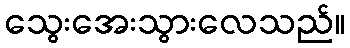
သွေးအေးသွားလေသည်။